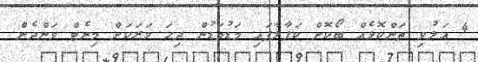
4 އަލުވި ތަންކޮޅެއް ބޯކޮށް ކަފާލާފައި މަޑުމަޑުން ދިހަ ވަރަކަށް މިނެޓް ވަންދެން